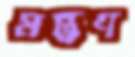
মন্ত্র্রণ